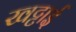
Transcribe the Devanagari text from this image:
खट्टाई